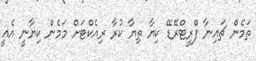
ތަމެން ޗައިނާ ފްރީޓްރޭޑޭ ކިޔާ ތިޔާ ކުރާ ރިއެކްޓަށް މަމެން ކިޔާނީ އެއީ